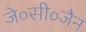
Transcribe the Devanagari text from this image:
जे०सी०जैन